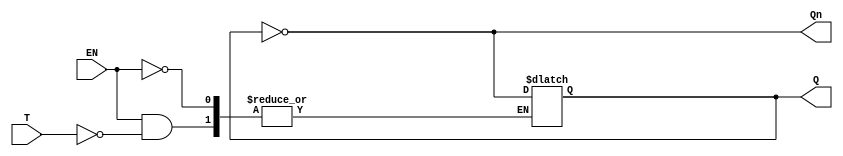
module gated_t_latch (
    input wire T,          // Toggle input
    input wire EN,        // Enable signal
    output reg Q,         // Output
    output wire Qn        // Complementary output
);

// Complementary output
assign Qn = ~Q;

// Always block triggered by changes in T or EN
always @(T or EN) begin
    if (EN) begin
        // If enabled
        if (T) begin
            // Toggle the output
            Q <= ~Q;
        end
        // If T = 0, Q stays the same. No need to do anything here.
    end
    // If EN is low, do nothing: Q remains unchanged
end

endmodule